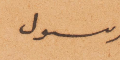
رسول